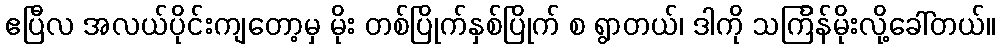
ဧပြီလ အလယ်ပိုင်းကျတော့မှ မိုး တစ်ပြိုက်နှစ်ပြိုက် စ ရွာတယ်၊ ဒါကို သင်္ကြန်မိုးလို့ခေါ်တယ်။